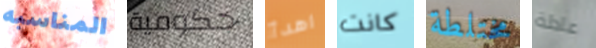
المناسبه حكومية اهدأ كانت مختلطة عادلة